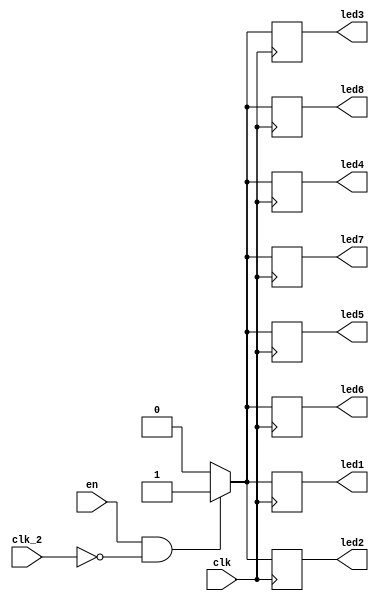
module LED_1(clk,clk_2,en,led1,led2,led3,led4,led5,led6,led7,led8);//
	input en;
	input clk,clk_2;
	reg a;
	output led1,led2,led3,led4,led5,led6,led7,led8;
	reg led1,led2,led3,led4,led5,led6,led7,led8;
	always@(posedge clk)
		begin
			if(en&&(clk_2==0))
				begin
					led1=1;
					led2=1;
					led3=1;
					led4=1;
					led5=1;
					led6=1;
					led7=1;
					led8=1;
				end
			else
				begin
					led1=0;
					led2=0;
					led3=0;
					led4=0;
					led5=0;
					led6=0;
					led7=0;
					led8=0;
				end
		end
	
endmodule